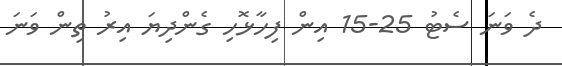
ދެ ވަނަ ސެޓު 25-15 އިން ފިހާޅޮހި ގެންދިޔަ އިރު ތިން ވަނަ